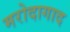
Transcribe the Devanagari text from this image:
मरोदागाद